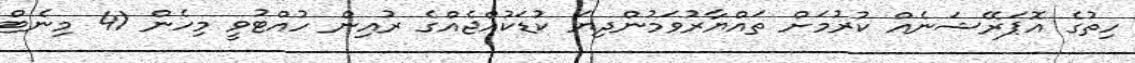
ހިތުގެ އޮޕަރޭޝަނެއް ކުރުމަށް ތައްޔާރުވަމުންދިޔަ ކުޑަކުއްޖެއްގެ ރުއިން ހުއްޓުވީ މިހެން 41 މިނެޓް